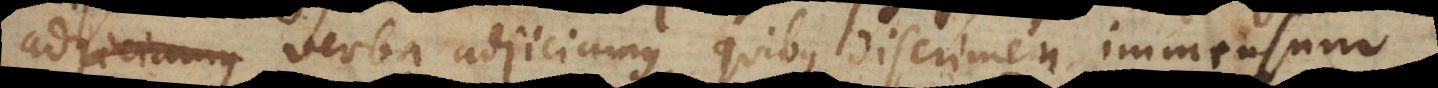
quenter verba adjiciamus, quibus discrimen immensum